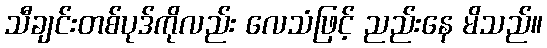
သီချင်းတစ်ပုဒ်ကိုလည်း လေသံဖြင့် ညည်းနေ မိသည်။